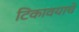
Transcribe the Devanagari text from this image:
टिकावयाचे